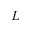
\boldsymbol { L }